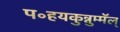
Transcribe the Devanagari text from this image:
प॰हयकुन्नुम्मॅल्